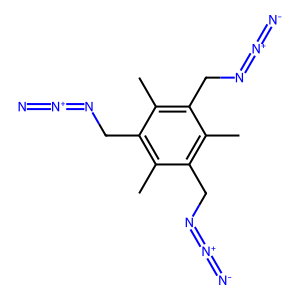
SMILES: Cc1c(CN=[N+]=[N-])c(C)c(CN=[N+]=[N-])c(C)c1CN=[N+]=[N-]
Inhibits HIV replication: No